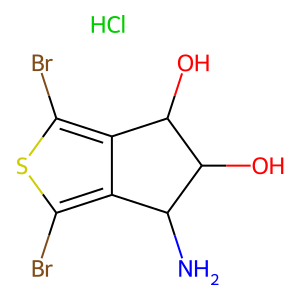
SMILES: Cl.NC1c2c(Br)sc(Br)c2C(O)C1O
Inhibits HIV replication: No